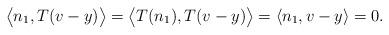
LaTeX: \begin{align*}\big\langle n_1, T(v-y)\big\rangle = \big\langle T(n_1), T(v-y) \big\rangle = \langle n_1, v-y\rangle = 0 .\end{align*}